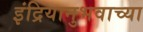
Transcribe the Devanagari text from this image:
इंद्रियानुभवाच्या